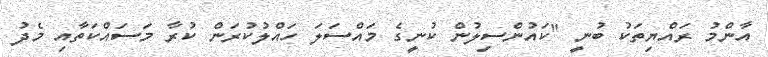
އާންމު ރައްޔިތަކު ބުނީ "ކައުންސިލުން ކުނީގެ މައްސަލަ ހައްލުކުރަން ކުރާ މަސައްކަތާއި މެދު